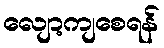
လျော့ကျစေရန်